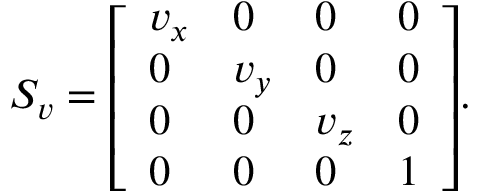
S _ { v } = { \left[ \begin{array} { l l l l } { v _ { x } } & { 0 } & { 0 } & { 0 } \\ { 0 } & { v _ { y } } & { 0 } & { 0 } \\ { 0 } & { 0 } & { v _ { z } } & { 0 } \\ { 0 } & { 0 } & { 0 } & { 1 } \end{array} \right] } .